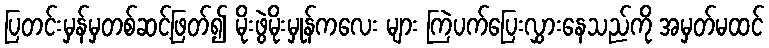
ပြတင်းမှန်မှတစ်ဆင့်ဖြတ်၍ မိုးဖွဲမိုးမှုန်ကလေး များ ကြဲပက်ပြေးလွှားနေသည်ကို အမှတ်မထင်